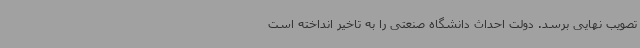
تصویب نهایی برسد. دولت احداث دانشگاه صنعتی را به تاخیر انداخته است